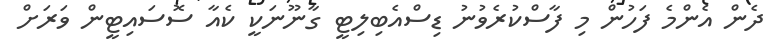
ދެން އެންމެ ފަހުން މި ފާސްކުރެވުނު ޑިސްއެބިލިޓީ ގާނޫނަކީ ކެއާ ސޮސައިޓީން ވަރަށް